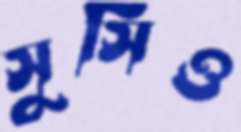
সুসিও